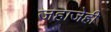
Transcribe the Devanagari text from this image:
जहाजेही